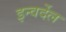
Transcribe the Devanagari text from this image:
इन्वर्देल